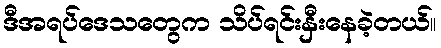
ဒီအရပ်ဒေသတွေက သိပ်ရင်းနှီးနေခဲ့တယ်။